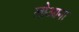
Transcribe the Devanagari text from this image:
लोआना